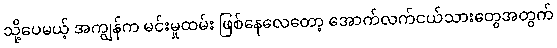
သို့ပေမယ့် အကျွန်က မင်းမှုထမ်း ဖြစ်နေလေတော့ အောက်လက်ငယ်သားတွေအတွက်